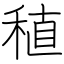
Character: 稙